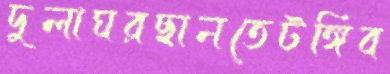
দুলাঘরছানতেটঙ্গিব